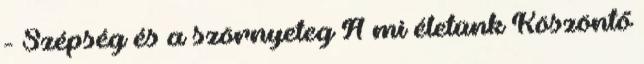
- Szépség és a szörnyeteg A mi életünk Köszöntő